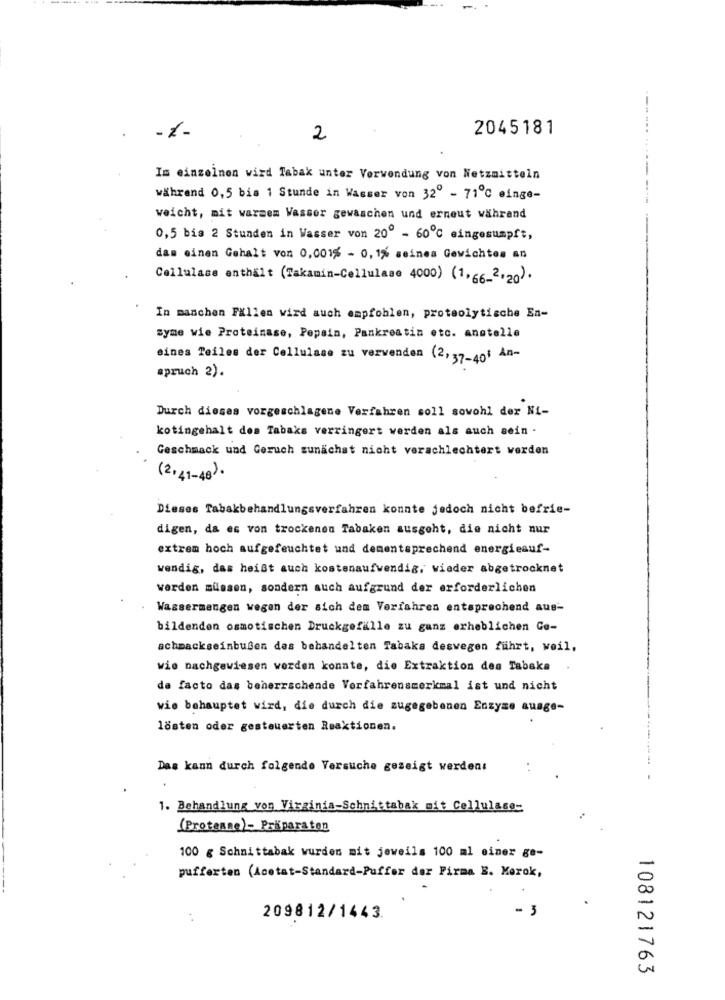
- 1-
2045181
2
---.. .
Im einzelnen wird Tabak unter Verwendung von Netzmitteln
während 0,5 bis 1 Stunde in Wasser von 320 - 71℃ einge-
weicht, mit warmem Wasser gewaschen und erneut während
0,5 bis 2 Stunden in Wasser von 200 - 60℃ eingesumpft,
dam einen Gehalt von 0,001% - 0, 1% seines Gewichtes an
Cellulase enthält (Takamin-Cellulase 4000) (1,66_2.20).
In manchen Fällen wird auch empfohlen, proteolytische En-
syme wie Proteinase, Pepsin, Pankreatin etc. anstelle
eines Teiles der Cellulase zu verwenden (2,37-401 An-
spruch 2).
Durch dieses vorgeschlagene Verfahren soll sowohl der Ni-
kotingehalt des Tabaks verringert werden als auch sein .
Geschmack und Geruch zunächst nicht verschlechtert werden
(2,41-48).
Dieses Tabakbehandlungsverfahren konnte jedoch nicht befrie-
digen, da es von trockenen Tabaken ausgeht, die nicht nur
extrem hoch aufgefeuchtet und dementsprechend energieauf-
wendig, das heißt auch kostenaufwendig, wieder abgetrocknet
werden müssen, sondern auch aufgrund der erforderlichen
Wassermengen wegen der sich dem Verfahren entsprechend aus-
bildenden osmotischen Druckgefälle zu ganz erheblichen Ge-
schmackseinbußen des behandelten Tabaks deswegen führt, weil,
wie nachgewiesen werden konnte, die Extraktion des Tabaka
de facto das beherrschende Verfahrensmerkmal ist und nicht
wie behauptet wird, die durch die zugegebenen Enzyme ausge-
lösten oder gesteuerten Reaktionen.
Das kann durch folgende Versuche gezeigt werden:
----------------. -
1. Behandlung von Virginia-Schnittabak mit Cellulase-
(Protense)- Präparaton
100 g Schnittabak wurden mit jeweils 100 ml einer ge-
pufferten (Acetat-Standard-Puffer der Firma E. Merok,
- 3
209812/1443.
108121763